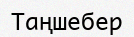
Таңшебер